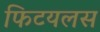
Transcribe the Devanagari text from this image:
फिटयलस